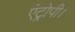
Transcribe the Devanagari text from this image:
एंट्रोपी।